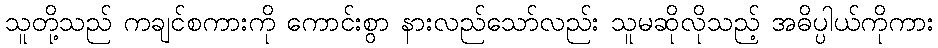
သူတို့သည် ကချင်စကားကို ကောင်းစွာ နားလည်သော်လည်း သူမဆိုလိုသည့် အဓိပ္ပါယ်ကိုကား